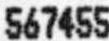
567455